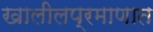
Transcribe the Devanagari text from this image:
खालीलप्रमाणात